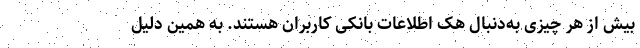
بیش از هر چیزی به‌دنبال هک اطلاعات بانکی کاربران هستند. به همین دلیل